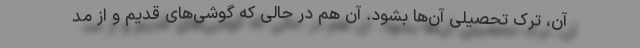
آن، ترک تحصیلی آن‌ها بشود. آن هم در حالی که گوشی‌های قدیم و از مد